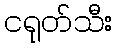
ငရုတ်သီး